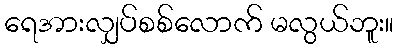
ရေအားလျှပ်စစ်လောက် မလွယ်ဘူး။